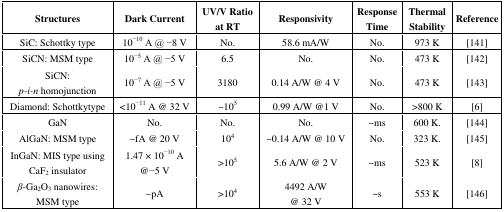
| Structures | Dark Current | UV/V Ratio at RT | Responsivity | Response Time | Thermal Stability | Reference |
 | --- | --- | --- | --- | --- | --- | --- |
 | SiC: Schottky type | 10−10 A @ −8 V | No. | 58.6 mA/W | No. | 973 K | [141] |
 | SiCN: MSM type | 10−5 A @ −5 V | 6.5 | No. | No. | 473 K | [142] |
 | SiCN:p-i-n homojunction | 10−7 A @ −5 V | 3180 | 0.14 A/W @ 4 V | No. | 473 K | [143] |
 | Diamond: Schottkytype | <10−11 A @ 32 V | ∼105 | 0.99 A/W @1 V | No. | >800 K | [6] |
 | GaN | No. | No. | No. | ∼ms | 600 K. | [144] |
 | AlGaN: MSM type | ∼fA @ 20 V | 104 | ∼0.14 A/W @ 10 V | No. | 323 K. | [145] |
 | InGaN: MIS type using CaF2 insulator | 1.47 × 10−10 A @−5 V | >105 | 5.6 A/W @ 2 V | ∼ms | 523 K | [8] |
 | β-Ga2O3 nanowires: MSM type | ∼pA | >104 | 4492 A/W @ 32 V | ∼s | 553 K | [146] |